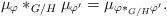
LaTeX: \begin{align*}\mu_\varphi\ast_{G/H}\mu_{\varphi'}=\mu_{\varphi\ast_{G/H}\varphi'}.\end{align*}